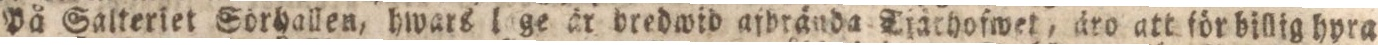
På Saltertet Sörhallen, hwars lage är bredwid afbrända Tjärhofwet, äro att för billig hyra